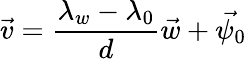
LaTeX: \vec{v}=\frac{\lambda_{w}-\lambda_{0}}{d}\vec{w}+\vec{\psi_{0}}